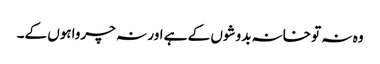
وہ نہ تو خانہ بدوشوں کے ہے اور نہ چرواہوں کے۔